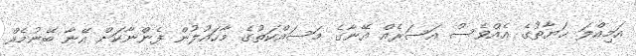
އަމިއްލަ ޙަޔާތުގެ އެއްވެސް އަސަރެއް އޭނާގެ މަސައްކަތުގެ މާހައުލުން ފެންނާކަށް އޭނާ ބޭނުމެއް